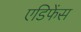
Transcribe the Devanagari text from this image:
एडिफेंस